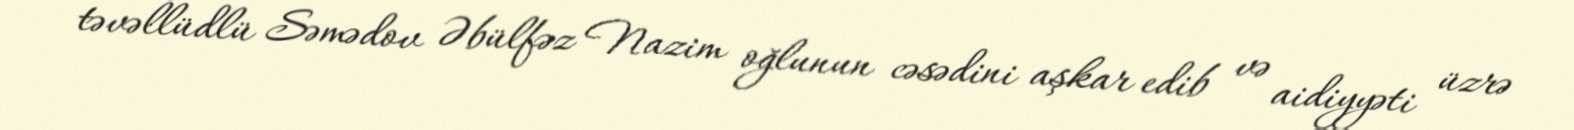
təvəllüdlü Səmədov Əbülfəz Nazim oğlunun cəsədini aşkar edib və aidiyyəti üzrə